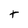
Character: t